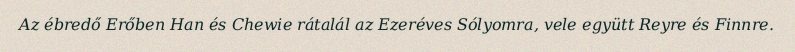
Az ébredő Erőben Han és Chewie rátalál az Ezeréves Sólyomra, vele együtt Reyre és Finnre.